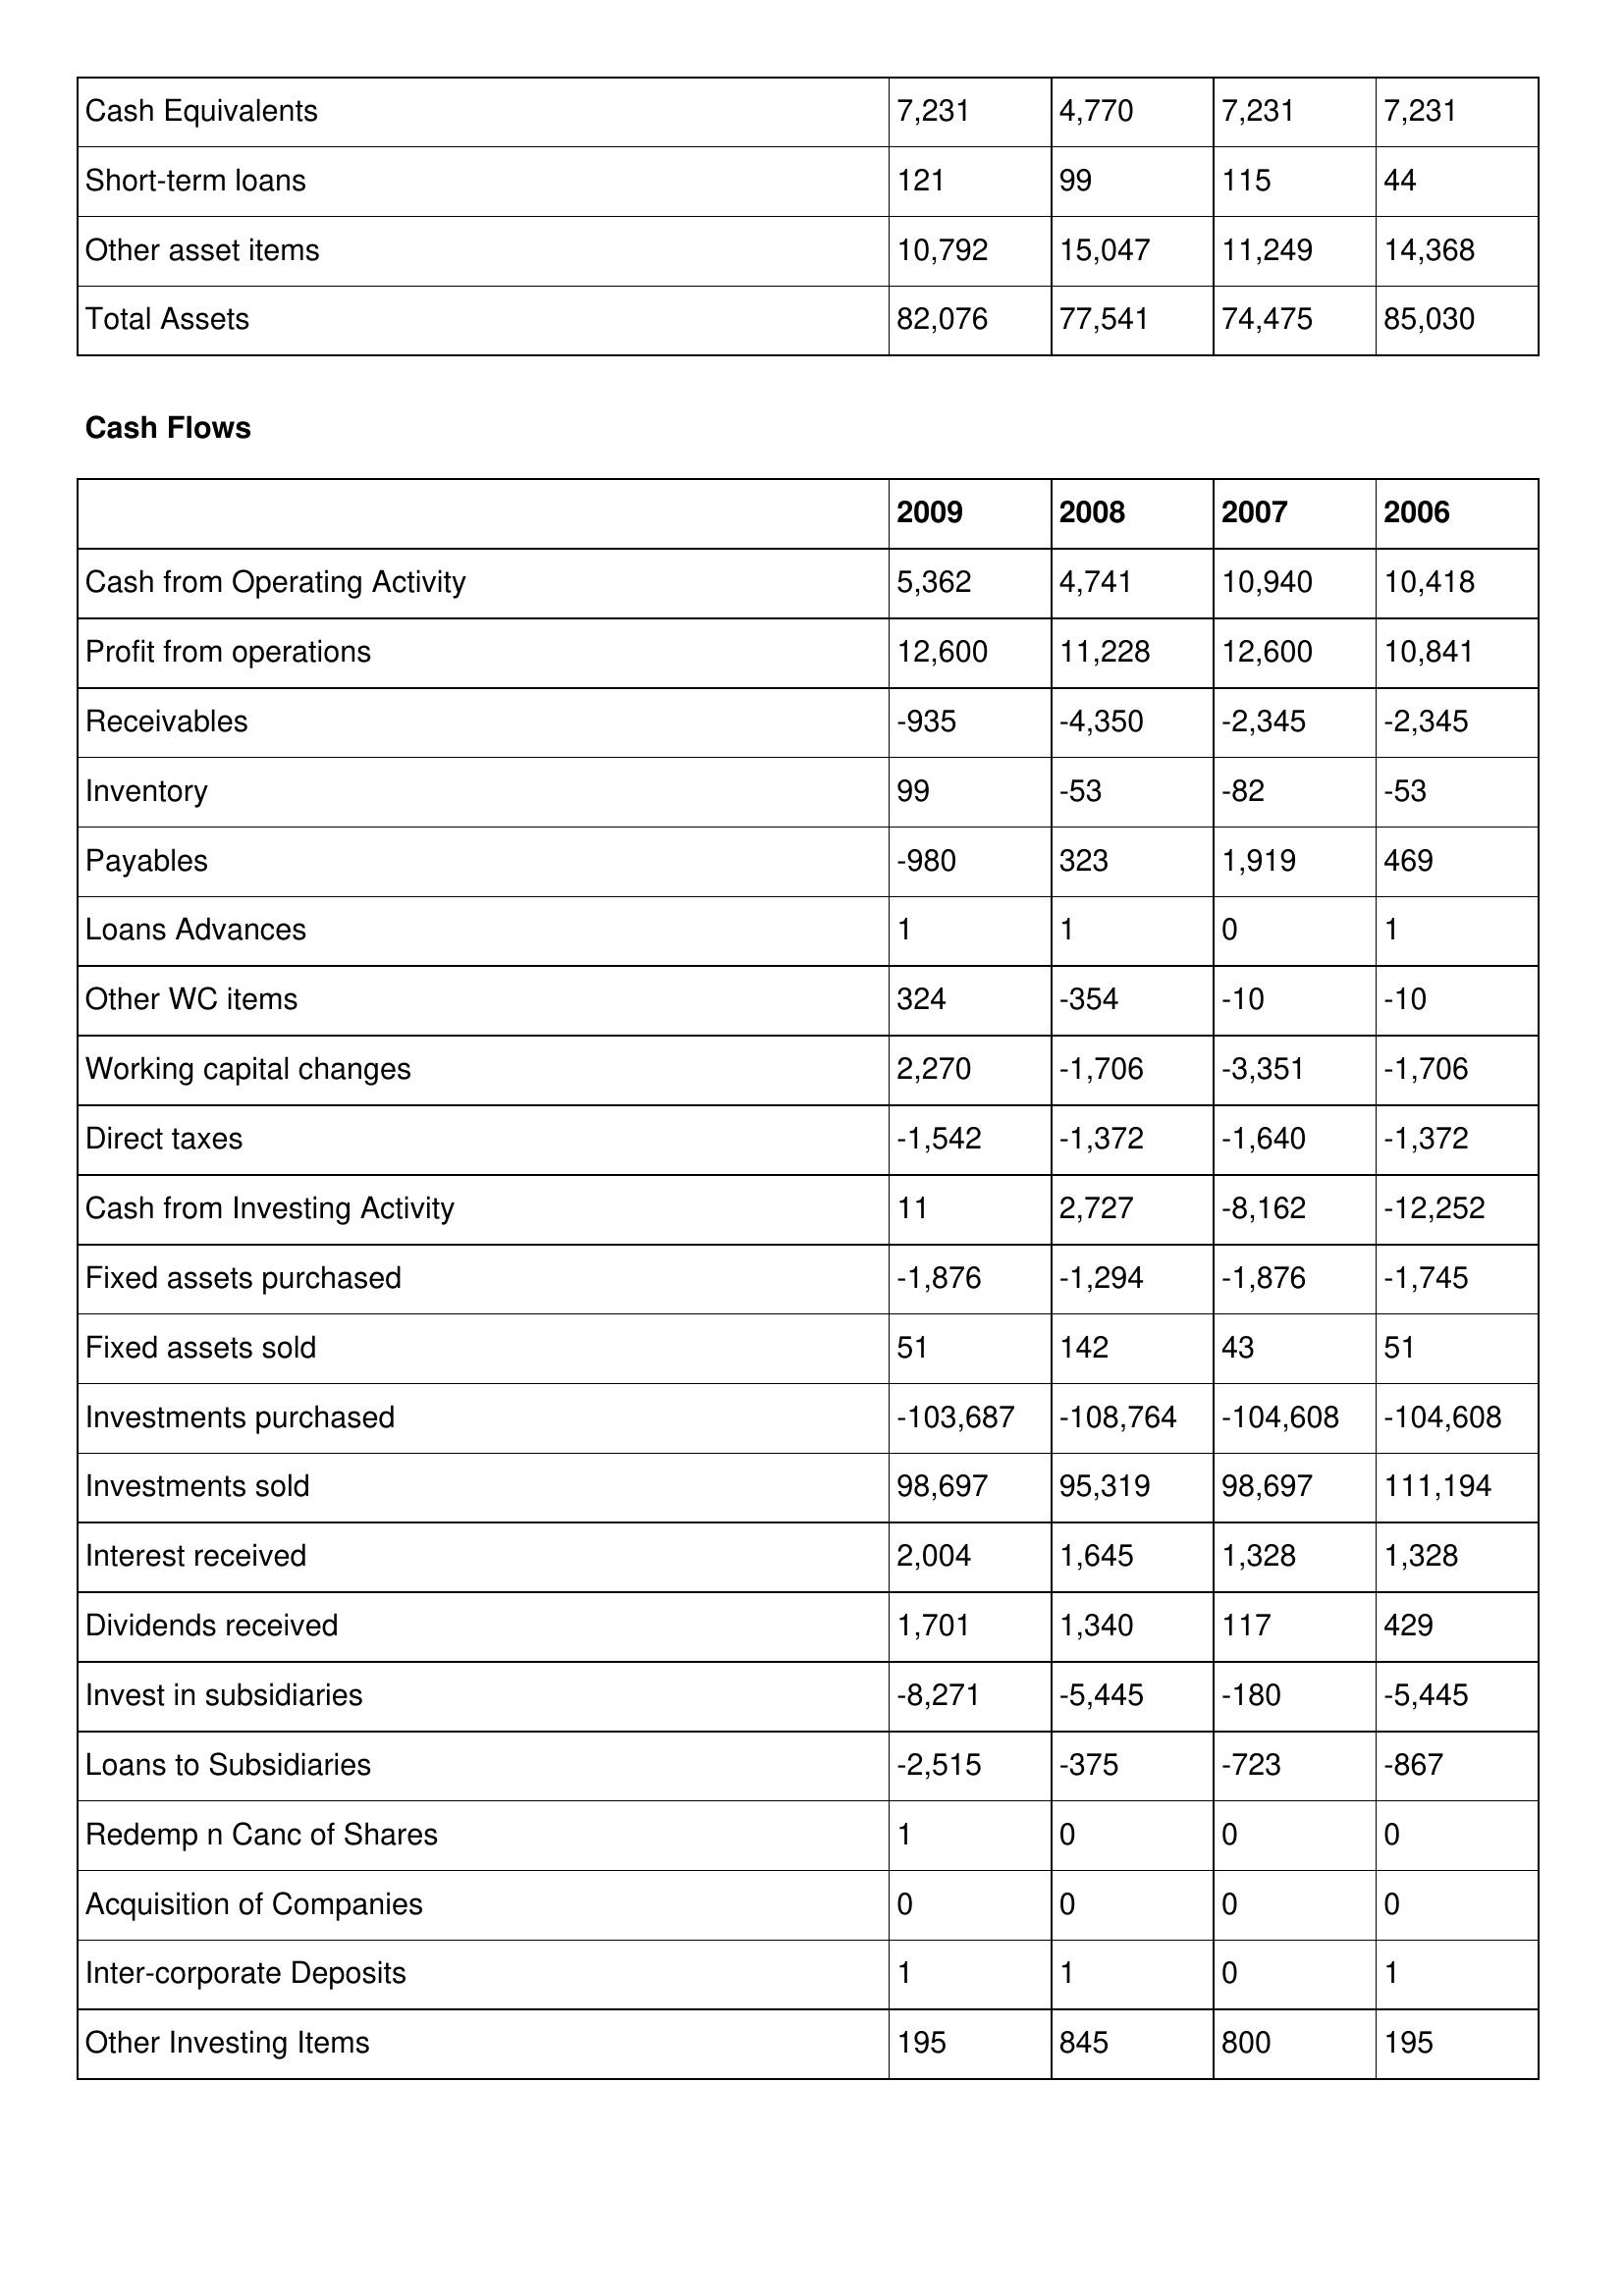
gt_parse: 2009: Balance Sheet: Cash Equivalents: 7,231
Short-term loans: 121
Other asset items: 10,792
Total Assets: 82,076
Cash Flows: Cash from Operating Activity: 5,362
Profit from operations: 12,600
Receivables: -935
Inventory: 99
Payables: -980
Loans Advances: 1
Other WC items: 324
Working capital changes: 2,270
Direct taxes: -1,542
Cash from Investing Activity: 11
Fixed assets purchased: -1,876
Fixed assets sold: 51
Investments purchased: -103,687
Investments sold: 98,697
Interest received: 2,004
Dividends received: 1,701
Invest in subsidiaries: -8,271
Loans to Subsidiaries: -2,515
Redemp n Canc of Shares: 1
Acquisition of Companies: 0
Inter-corporate Deposits: 1
Other Investing Items: 195
2008: Balance Sheet: Cash Equivalents: 4,770
Short-term loans: 99
Other asset items: 15,047
Total Assets: 77,541
Cash Flows: Cash from Operating Activity: 4,741
Profit from operations: 11,228
Receivables: -4,350
Inventory: -53
Payables: 323
Loans Advances: 1
Other WC items: -354
Working capital changes: -1,706
Direct taxes: -1,372
Cash from Investing Activity: 2,727
Fixed assets purchased: -1,294
Fixed assets sold: 142
Investments purchased: -108,764
Investments sold: 95,319
Interest received: 1,645
Dividends received: 1,340
Invest in subsidiaries: -5,445
Loans to Subsidiaries: -375
Redemp n Canc of Shares: 0
Acquisition of Companies: 0
Inter-corporate Deposits: 1
Other Investing Items: 845
2007: Balance Sheet: Cash Equivalents: 7,231
Short-term loans: 115
Other asset items: 11,249
Total Assets: 74,475
Cash Flows: Cash from Operating Activity: 10,940
Profit from operations: 12,600
Receivables: -2,345
Inventory: -82
Payables: 1,919
Loans Advances: 0
Other WC items: -10
Working capital changes: -3,351
Direct taxes: -1,640
Cash from Investing Activity: -8,162
Fixed assets purchased: -1,876
Fixed assets sold: 43
Investments purchased: -104,608
Investments sold: 98,697
Interest received: 1,328
Dividends received: 117
Invest in subsidiaries: -180
Loans to Subsidiaries: -723
Redemp n Canc of Shares: 0
Acquisition of Companies: 0
Inter-corporate Deposits: 0
Other Investing Items: 800
2006: Balance Sheet: Cash Equivalents: 7,231
Short-term loans: 44
Other asset items: 14,368
Total Assets: 85,030
Cash Flows: Cash from Operating Activity: 10,418
Profit from operations: 10,841
Receivables: -2,345
Inventory: -53
Payables: 469
Loans Advances: 1
Other WC items: -10
Working capital changes: -1,706
Direct taxes: -1,372
Cash from Investing Activity: -12,252
Fixed assets purchased: -1,745
Fixed assets sold: 51
Investments purchased: -104,608
Investments sold: 111,194
Interest received: 1,328
Dividends received: 429
Invest in subsidiaries: -5,445
Loans to Subsidiaries: -867
Redemp n Canc of Shares: 0
Acquisition of Companies: 0
Inter-corporate Deposits: 1
Other Investing Items: 195